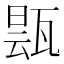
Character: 𬎬